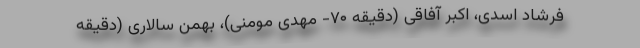
فرشاد اسدی، اکبر آفاقی (دقیقه ۷۰- مهدی مومنی)، بهمن سالاری (دقیقه